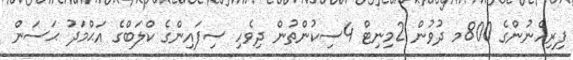
ފިރިހެނުންގެ 800މ ދުވުން 2މިނިޓް 4ސިކުންތުން ދިވެހި ސިފައިންގެ ކްލަބްގެ އަޙްމަދު ޙަސަން